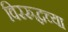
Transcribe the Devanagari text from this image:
विररुद्धच्या